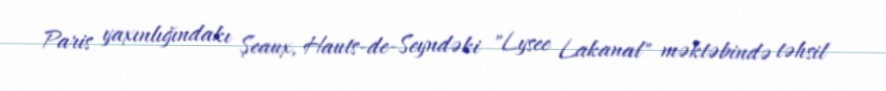
Paris yaxınlığındakı Şeaux, Hauts-de-Seyndəki "Lysee Lakanal" məktəbində təhsil